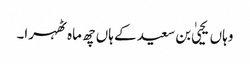
وہاں یحییٰ بن سعید کے ہاں چھ ماہ ٹھہرا۔